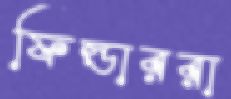
ফিল্ডাররা